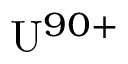
\mathrm { U } ^ { 9 0 + }